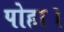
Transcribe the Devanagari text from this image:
पोहा।